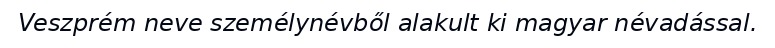
Veszprém neve személynévből alakult ki magyar névadással.